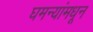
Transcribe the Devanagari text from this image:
घमन्यांमधून